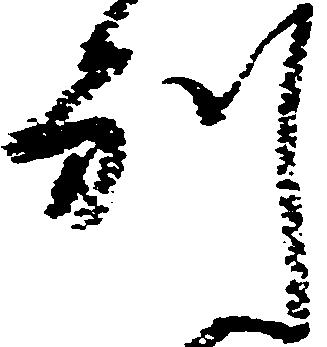
別